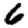
Digit: 6